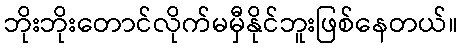
ဘိုးဘိုးတောင်လိုက်မမှီနိုင်ဘူးဖြစ်နေတယ်။